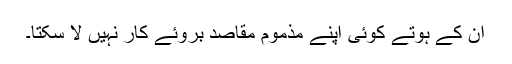
ان کے ہوتے کوئی اپنے مذموم مقاصد بروئے کار نہیں لا سکتا۔